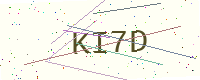
Text: KI7D